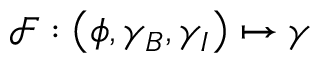
\mathcal { F } : \left( \phi , \gamma _ { B } , \gamma _ { I } \right) \mapsto \gamma